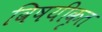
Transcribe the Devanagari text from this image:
विषयीकृत